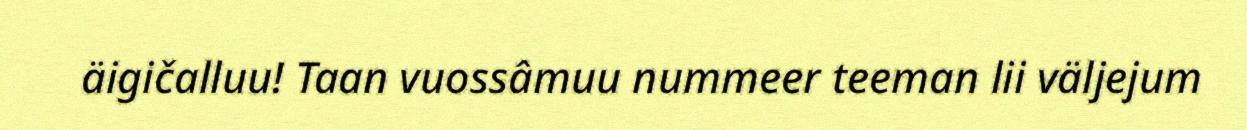
äigičalluu! Taan vuossâmuu nummeer teeman lii väljejum